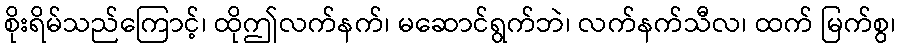
စိုးရိမ်သည်ကြောင့်၊ ထိုဤလက်နက်၊ မဆောင်ရွက်ဘဲ၊ လက်နက်သီလ၊ ထက် မြက်စွ၊